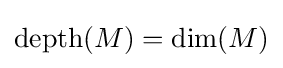
\mathrm {depth} (M)=\mathrm {dim} (M)